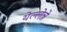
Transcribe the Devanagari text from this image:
येल्लेन्ने